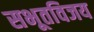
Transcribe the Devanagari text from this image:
सभूतविजय